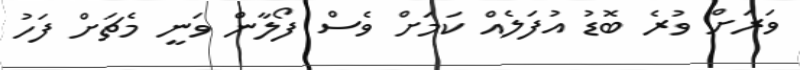
ވަރަށް ވުރެ ބޮޑު އުފަލެއް ކަމަށް ވެސް ފޯލާން ވަނީ މެޗަށް ފަހު